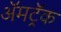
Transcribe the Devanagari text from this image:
ॲमट्रॅक